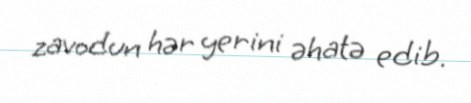
zavodun hər yerini əhatə edib.